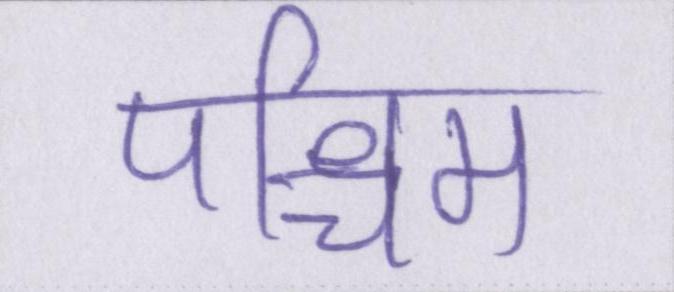
पश्चिम